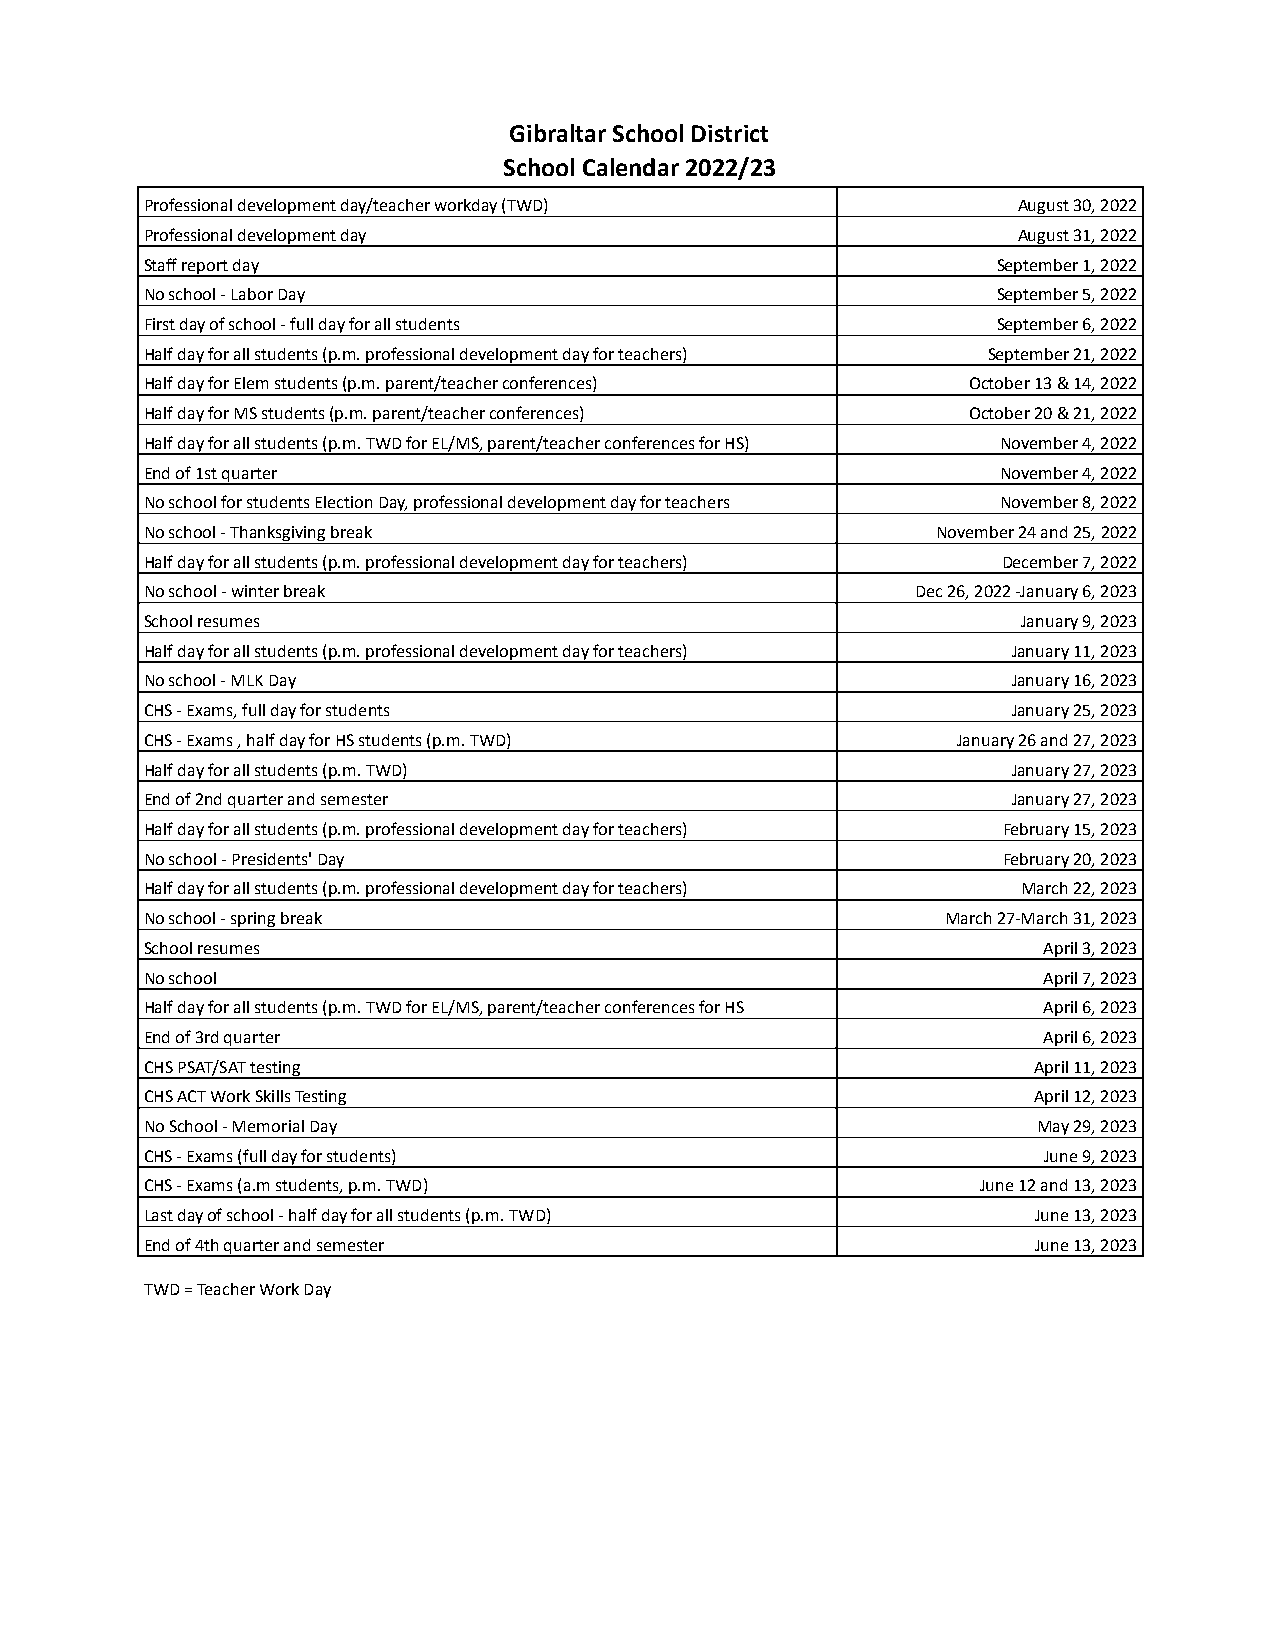
Gibraltar School District
 School Calendar 2022/23
 Professional development day/teacher workday (TWD)       August 30, 2022
 Professional development day                             August 31, 2022
 Staff report day                                        September 1, 2022
 No school - Labor Day                                   September 5, 2022
 First day of school - full day for all students         September 6, 2022
 Half day for all students (p.m. professional development day for teachers) September 21, 2022
 Half day for Elem students (p.m. parent/teacher conferences) October 13 & 14, 2022
 Half day for MS students (p.m. parent/teacher conferences) October 20 & 21, 2022
 Half day for all students (p.m. TWD for EL/MS, parent/teacher conferences for HS) November 4, 2022
 End of 1st quarter                                      November 4, 2022
 No school for students Election Day, professional development day for teachers November 8, 2022
 No school - Thanksgiving break                      November 24 and 25, 2022
 Half day for all students (p.m. professional development day for teachers) December 7, 2022
 No school - winter break                           Dec 26, 2022 -January 6, 2023
 School resumes                                            January 9, 2023
 Half day for all students (p.m. professional development day for teachers) January 11, 2023
 No school - MLK Day                                      January 16, 2023
 CHS - Exams, full day for students                       January 25, 2023
 CHS - Exams , half day for HS students (p.m. TWD)    January 26 and 27, 2023
 Half day for all students (p.m. TWD)                     January 27, 2023
 End of 2nd quarter and semester                          January 27, 2023
 Half day for all students (p.m. professional development day for teachers) February 15, 2023
 No school - Presidents' Day                             February 20, 2023
 Half day for all students (p.m. professional development day for teachers) March 22, 2023
 No school - spring break                             March 27-March 31, 2023
 School resumes                                             April 3, 2023
 No school                                                  April 7, 2023
 Half day for all students (p.m. TWD for EL/MS, parent/teacher conferences for HS April 6, 2023
 End of 3rd quarter                                         April 6, 2023
 CHS PSAT/SAT testing                                      April 11, 2023
 CHS ACT Work Skills Testing                               April 12, 2023
 No School - Memorial Day                                   May 29, 2023
 CHS - Exams (full day for students)                        June 9, 2023
 CHS - Exams (a.m students, p.m. TWD)                   June 12 and 13, 2023
 Last day of school - half day for all students (p.m. TWD)  June 13, 2023
 End of 4th quarter and semester                            June 13, 2023
 TWD = Teacher Work Day